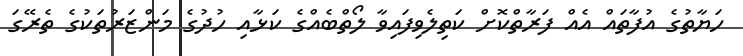
ހަޔާތުގެ އުފާތައް އެއް ފަރާތްކޮށް ކަތިލެވިފައިވާ ލޯތްބެއްގެ ކަޅާއި ހުދުގެ މަންޒަރުތަކުގެ ތެރޭގަ